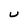
Character: U